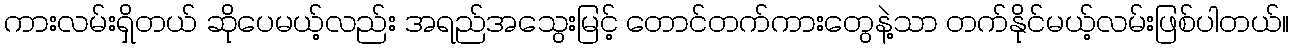
ကားလမ်းရှိတယ် ဆိုပေမယ့်လည်း အရည်အသွေးမြင့် တောင်တက်ကားတွေနဲ့သာ တက်နိုင်မယ့်လမ်းဖြစ်ပါတယ်။